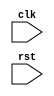
module USBBusController (
    input wire clk,
    input wire rst,
    // Other input/output ports
    
    // Timing control module
    // Data buffering module
    // Clock synchronization module
    // Synchronization of control signals module
);

// Verilog code for timing control, data buffering, clock synchronization, and synchronization of control signals modules here

endmodule